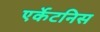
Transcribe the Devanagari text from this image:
एर्केटनिस